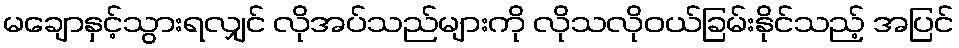
မချောနှင့်သွားရလျှင် လိုအပ်သည်များကို လိုသလိုဝယ်ခြမ်းနိုင်သည့် အပြင်